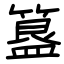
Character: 簋